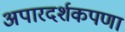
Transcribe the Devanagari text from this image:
अपारदर्शकपणा